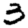
Digit: 3